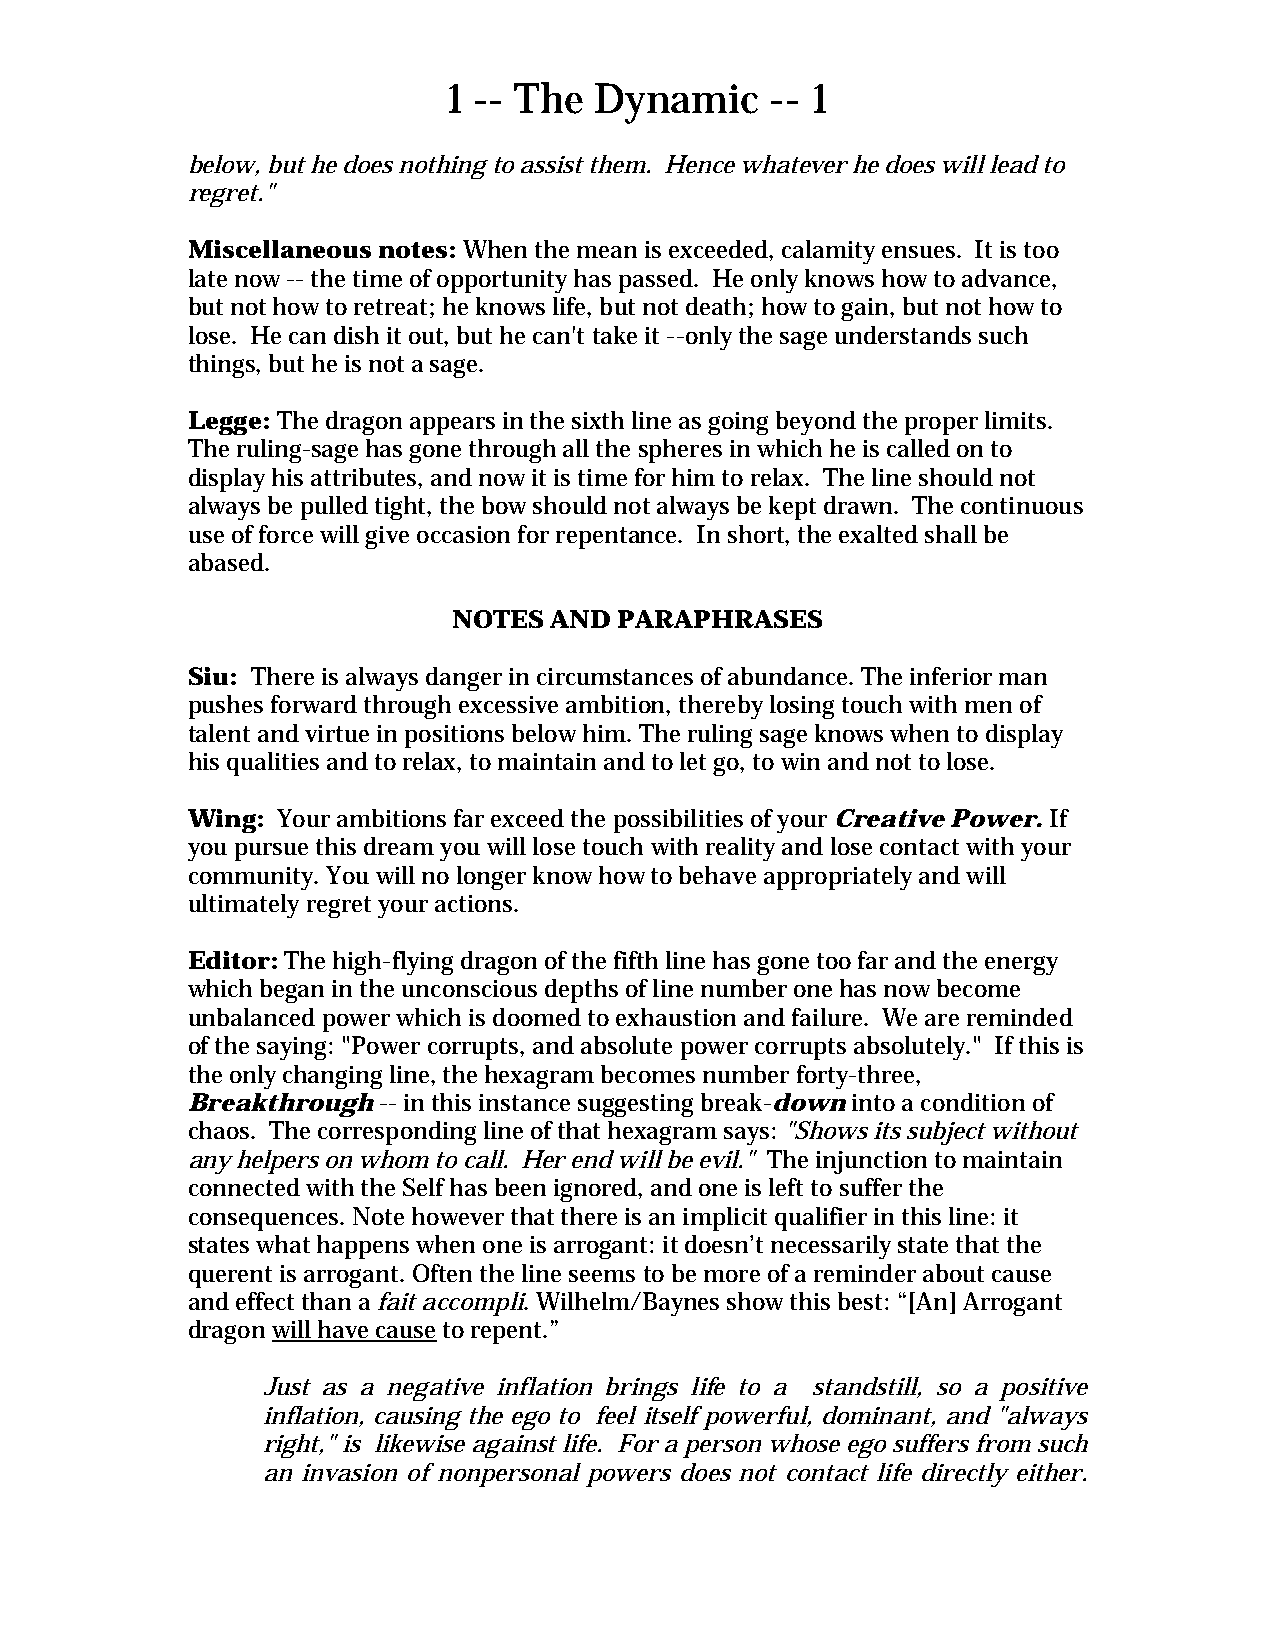
1 -- The Dynamic     -- 1
 below, but he does nothing to assist them. Hence whatever he does will lead to
 regret."
 Miscellaneous notes: When the mean is exceeded, calamity ensues. It is too
 late now -- the time of opportunity has passed. He only knows how to advance,
 but not how to retreat; he knows life, but not death; how to gain, but not how to
 lose. He can dish it out, but he can't take it --only the sage understands such
 things, but he is not a sage.
 Legge: The dragon appears in the sixth line as going beyond the proper limits.
 The ruling-sage has gone through all the spheres in which he is called on to
 display his attributes, and now it is time for him to relax. The line should not
 always be pulled tight, the bow should not always be kept drawn. The continuous
 use of force will give occasion for repentance. In short, the exalted shall be
 abased.
 NOTES AND  PARAPHRASES
 Siu: There is always danger in circumstances of abundance. The inferior man
 pushes forward through excessive ambition, thereby losing touch with men of
 talent and virtue in positions below him. The ruling sage knows when to display
 his qualities and to relax, to maintain and to let go, to win and not to lose.
 Wing: Your ambitions far exceed the possibilities of your Creative Power. If
 you pursue this dream you will lose touch with reality and lose contact with your
 community. You will no longer know how to behave appropriately and will
 ultimately regret your actions.
 Editor: The high-flying dragon of the fifth line has gone too far and the energy
 which began in the unconscious depths of line number one has now become
 unbalanced power which is doomed to exhaustion and failure. We are reminded
 of the saying: "Power corrupts, and absolute power corrupts absolutely." If this is
 the only changing line, the hexagram becomes number forty-three,
 Breakthrough -- in this instance suggesting break-down into a condition of
 chaos. The corresponding line of that hexagram says: "Shows its subject without
 any helpers on whom to call. Her end will be evil." The injunction to maintain
 connected with the Self has been ignored, and one is left to suffer the
 consequences. Note however that there is an implicit qualifier in this line: it
 states what happens when one is arrogant: it doesn’t necessarily state that the
 querent is arrogant. Often the line seems to be more of a reminder about cause
 and effect than a fait accompli. Wilhelm/Baynes show this best: “[An] Arrogant
 dragon will have cause to repent.”
 Just as a negative inflation brings life to a standstill, so a positive
 inflation, causing the ego to feel itself powerful, dominant, and "always
 right," is likewise against life. For a person whose ego suffers from such
 an invasion of nonpersonal powers does not contact life directly either.